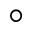
^ \circ